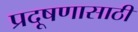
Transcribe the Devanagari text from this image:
प्रदूषणासाठी